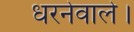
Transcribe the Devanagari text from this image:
धरनेवाले।